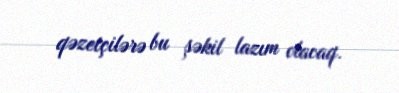
qəzetçilərə bu şəkil lazım olacaq.